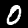
Label: 0